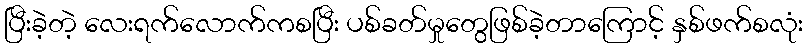
ပြီးခဲ့တဲ့ လေးရက်လောက်ကစပြီး ပစ်ခတ်မှုတွေဖြစ်ခဲ့တာကြောင့် နှစ်ဖက်စလုံး